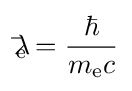
\lambda \!\!\!{\bar {}}_{\text{e}}={\frac {\hbar }{m_{\text{e}}c}}